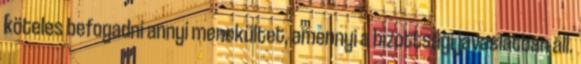
köteles befogadni annyi menekültet, amennyi a bizottsági javaslatban áll.